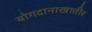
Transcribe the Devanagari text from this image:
योगदानाखातीर